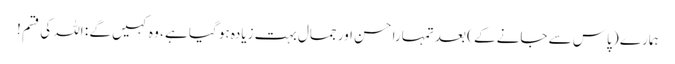
ہمارے ( پاس سے جانے کے ) بعد تمہارا حسن اور جمال بہت زیادہ ہو گیا ہے ، وہ کہیں گے : اللہ کی قسم !